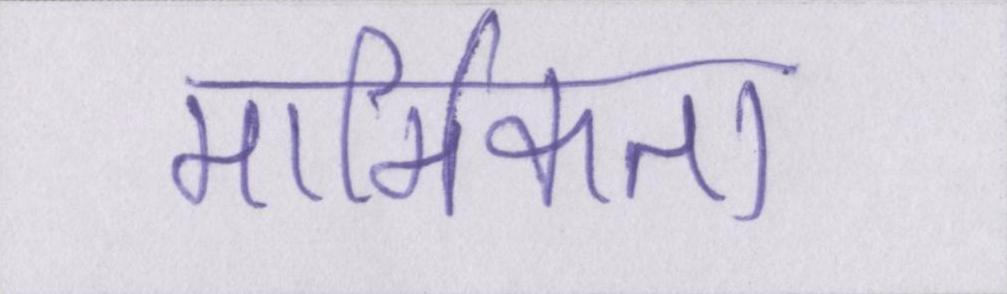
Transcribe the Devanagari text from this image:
मार्मिकता